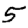
Digit: 5